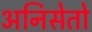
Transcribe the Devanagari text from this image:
अनिसेतो